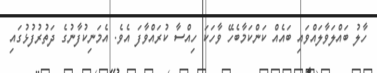
ހާލު ބައްލަވާލައްވައި ބައެއް ކަންކަމާބެހޭ ވާހަކަ ހިއްސާ ކުރައްވާފަ އެވެ. އެމަނިކުފާނުގެ ދަތުރުފުޅުގައި